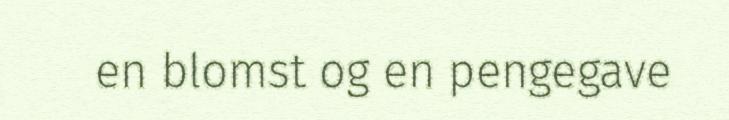
en blomst og en pengegave